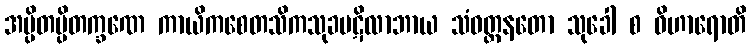
အပ္ပိတပ္ပိတက္ခဏေ ကာယိကစေတသိကသုခပဋိလာဘာယ သံဝတ္တနတော သုခေါ စ ဝိဟာရောတိ